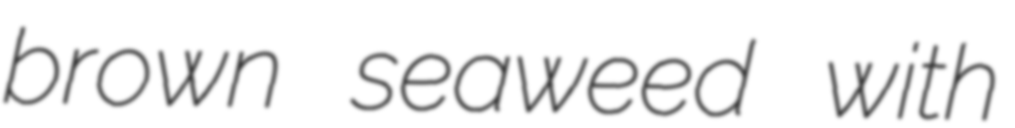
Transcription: brown seaweed with